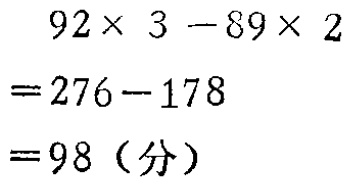
\[
\begin{align*}
&92\times 3 - 89\times 2\\
=&276 - 178\\
=&98 (\text{分})
\end{align*}
\]